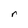
Character: r